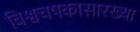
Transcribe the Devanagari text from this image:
विश्वचषकासारख्या